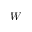
W